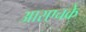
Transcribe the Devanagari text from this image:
आरएचके